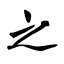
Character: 之